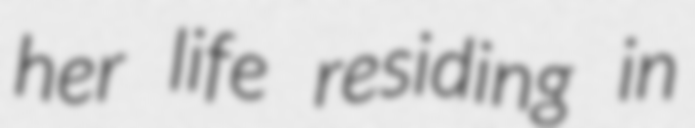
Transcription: her life residing in